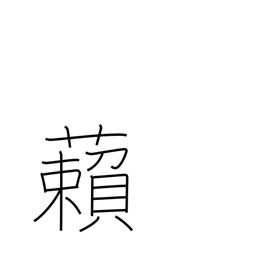
Meaning: cover